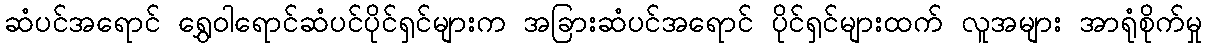
ဆံပင်အရောင် ရွှေဝါရောင်ဆံပင်ပိုင်ရှင်များက အခြားဆံပင်အရောင် ပိုင်ရှင်များထက် လူအများ အာရုံစိုက်မှု